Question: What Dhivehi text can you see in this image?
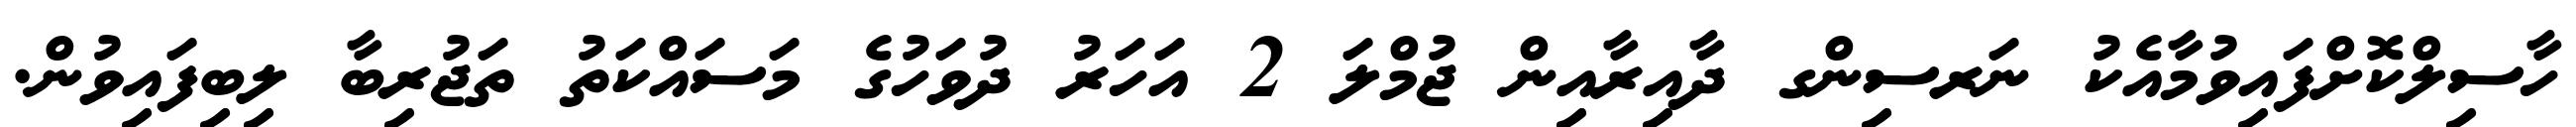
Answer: ހާސިލްކޮށްފައިވުމާއެކު ނަރސިންގ ދާއިރާއިން ޖުމްލަ 2 އަހަރު ދުވަހުގެ މަސައްކަތު ތަޖުރިބާ ލިބިފައިވުން.